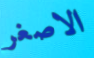
الاصغر